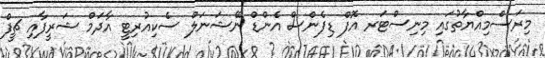
މިރަސްމިއްޔާތުގައި މިނިސްޓަރ އޮފް ޑިފެންސް އެންޑް ނޭޝަނަލް ސެކިއުރިޓީ އާދަމް ޝަރީފާއި ޗީފް